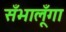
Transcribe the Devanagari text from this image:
सँभालूँगा